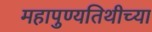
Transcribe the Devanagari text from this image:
महापुण्यतिथीच्या